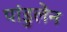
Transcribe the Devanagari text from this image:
पांडुलेन